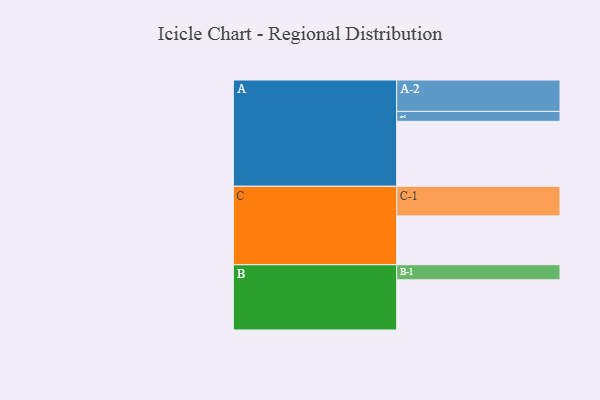
{"axis": {"x": "Segment", "y": "Value"}, "legend": ["", "A", "B", "C"], "data": [{"x": "A", "y": 589, "type": ""}, {"x": "B", "y": 455, "type": ""}, {"x": "C", "y": 443, "type": ""}, {"x": "A-1", "y": 90, "type": "A"}, {"x": "A-2", "y": 285, "type": "A"}, {"x": "B-1", "y": 137, "type": "B"}, {"x": "C-1", "y": 269, "type": "C"}]}